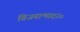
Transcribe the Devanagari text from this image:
विजयान्माद३०